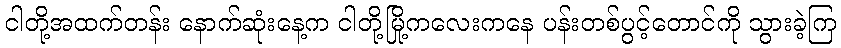
ငါတို့အထက်တန်း နောက်ဆုံးနေ့က ငါတို့မြို့ကလေးကနေ ပန်းတစ်ပွင့်တောင်ကို သွားခဲ့ကြ